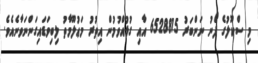
މި ސްކޫލުގެ ފޯނު ނަންބަރު 6528815 އާއި ގުޅުއްވުމުން އިތުރު މަޢުލޫމާތު ލިބިވަޑައިގަންނަވާނެއެވެ.